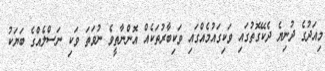
މިއަދުގެ ދުނިޔެ ދެކޭގޮތުގައި ވަކިގައުމެއްގައި ވަކިބާރުތަކެއް އޮންނާތީވެ ނުވަތަ ވަކި ނަސްލެއްގެ ބަޔަކު